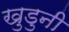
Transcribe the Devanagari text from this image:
खुडुनी